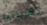
ذكرياتنا